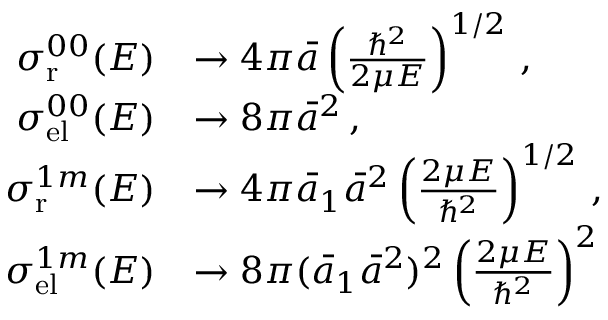
\begin{array} { r l } { \sigma _ { \mathrm { r } } ^ { 0 0 } ( E ) } & { \to 4 \pi \bar { a } \left( \frac { \hbar ^ { 2 } } { 2 \mu E } \right) ^ { 1 / 2 } \, , } \\ { \sigma _ { \mathrm { e l } } ^ { 0 0 } ( E ) } & { \to 8 \pi { \bar { a } } ^ { 2 } \, , } \\ { \sigma _ { \mathrm { r } } ^ { 1 m } ( E ) } & { \to 4 \pi \bar { a } _ { 1 } { \bar { a } } ^ { 2 } \left( \frac { 2 \mu E } { \hbar ^ { 2 } } \right) ^ { 1 / 2 } \, , } \\ { \sigma _ { \mathrm { e l } } ^ { 1 m } ( E ) } & { \to 8 \pi ( \bar { a } _ { 1 } { \bar { a } } ^ { 2 } ) ^ { 2 } \left( \frac { 2 \mu E } { \hbar ^ { 2 } } \right) ^ { 2 } } \end{array}